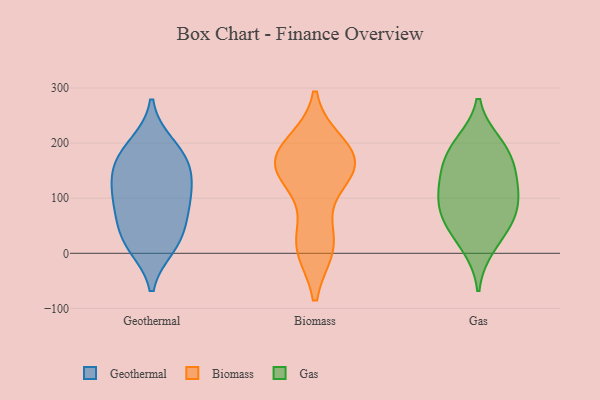
{"axis": {"x": "Revenue (USD Million)", "y": "Value"}, "legend": ["Biomass", "Gas", "Geothermal"], "data": [{"x": "", "y": 81, "type": "Geothermal"}, {"x": "", "y": 154, "type": "Geothermal"}, {"x": "", "y": 178, "type": "Geothermal"}, {"x": "", "y": 22, "type": "Geothermal"}, {"x": "", "y": 196, "type": "Geothermal"}, {"x": "", "y": 34, "type": "Geothermal"}, {"x": "", "y": 159, "type": "Geothermal"}, {"x": "", "y": 124, "type": "Geothermal"}, {"x": "", "y": 85, "type": "Geothermal"}, {"x": "", "y": 15, "type": "Geothermal"}, {"x": "", "y": 105, "type": "Geothermal"}, {"x": "", "y": 13, "type": "Biomass"}, {"x": "", "y": 14, "type": "Biomass"}, {"x": "", "y": 22, "type": "Biomass"}, {"x": "", "y": 138, "type": "Biomass"}, {"x": "", "y": 160, "type": "Biomass"}, {"x": "", "y": 195, "type": "Biomass"}, {"x": "", "y": 184, "type": "Biomass"}, {"x": "", "y": 156, "type": "Biomass"}, {"x": "", "y": 166, "type": "Biomass"}, {"x": "", "y": 159, "type": "Biomass"}, {"x": "", "y": 95, "type": "Gas"}, {"x": "", "y": 162, "type": "Gas"}, {"x": "", "y": 12, "type": "Gas"}, {"x": "", "y": 113, "type": "Gas"}, {"x": "", "y": 157, "type": "Gas"}, {"x": "", "y": 64, "type": "Gas"}, {"x": "", "y": 194, "type": "Gas"}, {"x": "", "y": 75, "type": "Gas"}, {"x": "", "y": 46, "type": "Gas"}, {"x": "", "y": 125, "type": "Gas"}, {"x": "", "y": 200, "type": "Gas"}]}